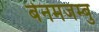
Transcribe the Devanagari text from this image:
बेनमजम्बु